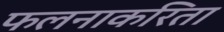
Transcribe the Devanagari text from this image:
फलनाकरिता